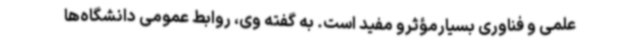
علمی و فناوری بسیارمؤثرو مفید است. به گفته وی، روابط عمومی دانشگاه‌ها